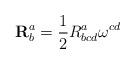
LaTeX: \begin{align*}\mathbf{R}_{b}^{a}=\frac{1}{2}R_{bcd}^{a}\mathbf{\omega }^{cd}\end{align*}